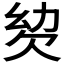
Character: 𣢢